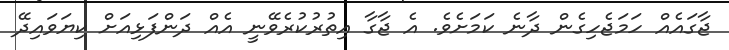
ޖާގައެއް ހަމަޖެހިގެން ދާނެ ކަމަށެވެ. އެ ޖާގާ އިތުރުކުރެވޭނީ އެއް ދަންފަޅިއަށް ކިޔަވައިދޭ